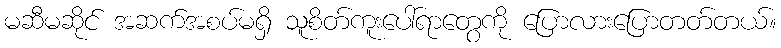
မဆီမဆိုင် အဆက်အစပ်မရှိ သူစိတ်ကူးပေါ်ရာတွေကို ပြောလားပြောတတ်တယ်။